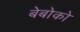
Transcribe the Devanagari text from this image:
बेबोको